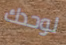
لوحدك